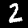
Label: 2